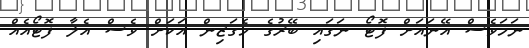
ނަމަވެސް އޭނައަށް ފޮޓޯ ނަގައި ބޭރުގެ މެގަޒިން އަކަށް ވެސް އެލާ ފޮޓޯއެއް